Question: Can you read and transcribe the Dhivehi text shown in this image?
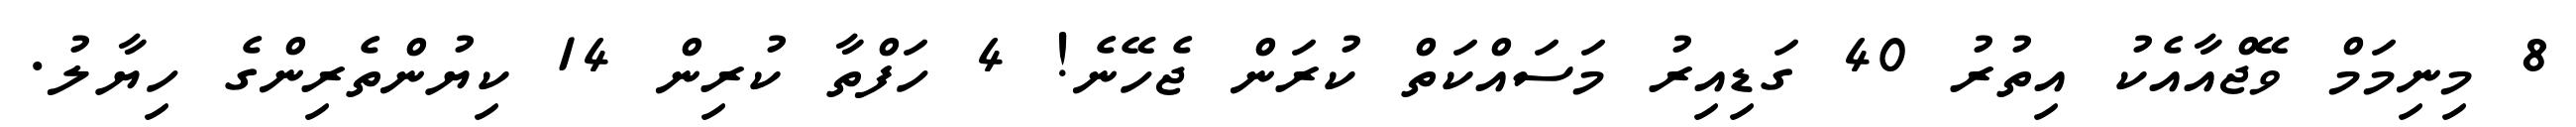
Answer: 8 މިނިމަމް ވޭޖްއާއެކު އިތުރު 40 ގަޑިއިރު މަސައްކަތް ކުރަން ޖެހޭނެ! 4 ހަފްތާ ކުރިން 14 ކިޔުންތެރިންގެ ހިޔާލު.